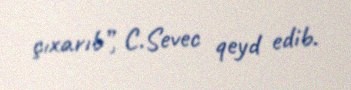
çıxarıb”, C.Sevec qeyd edib.